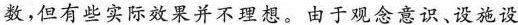
数，但有些实际效果并不理想。由于观念意识、设施设